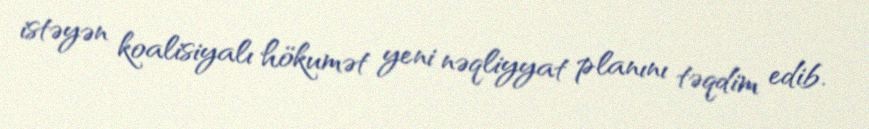
istəyən koalisiyalı hökumət yeni nəqliyyat planını təqdim edib.